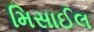
મિસાઈલ